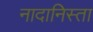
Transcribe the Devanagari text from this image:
नादानिस्ता